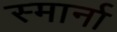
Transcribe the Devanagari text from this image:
स्मार्ना